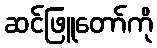
ဆင်ဖြူတော်ကို